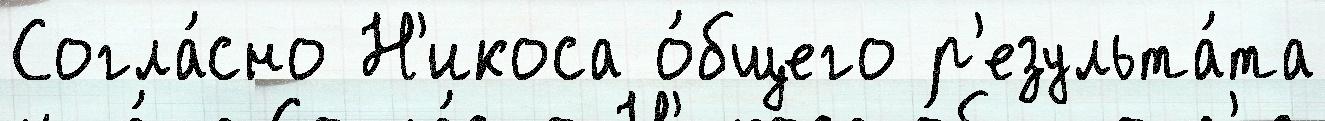
Согла́сно Н'икоса о́бщего р'езульта́та